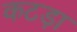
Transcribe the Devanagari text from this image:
कटड़ा